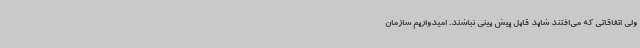
ولی اتفاقاتی که می‌افتند شاید قابل پیش بینی نباشند. امیدواریم سازمان